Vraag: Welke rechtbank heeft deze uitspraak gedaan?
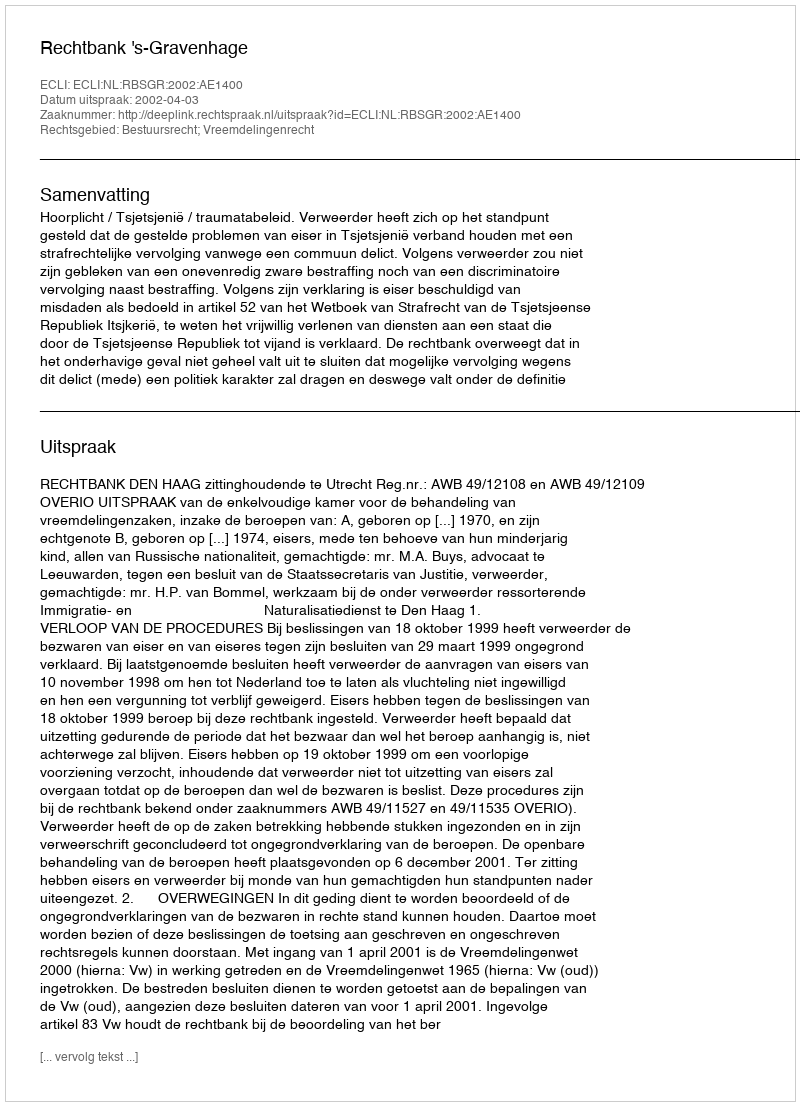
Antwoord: Rechtbank 's-Gravenhage